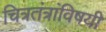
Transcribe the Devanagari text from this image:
चित्रतंत्रांविषयी